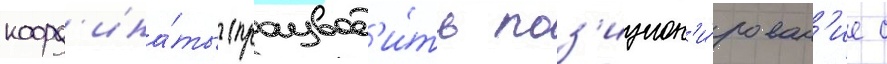
коорд'ина́ты (производ'и́ть поз'ицион'и́рован'ие с